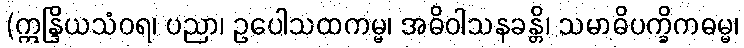
(ဣန္ဒြိယသံဝရ၊ ပညာ၊ ဥပေါသထကမ္မ၊ အဓိဝါသနခန္တိ၊ သမာဓိပက္ခိကဓမ္မ၊